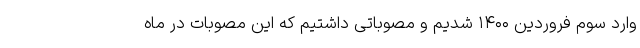
وارد سوم فروردین ۱۴۰۰ شدیم و مصوباتی داشتیم که این مصوبات در ماه